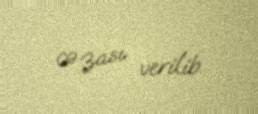
cəzası verilib.